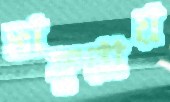
ভাঙ্গুরায়